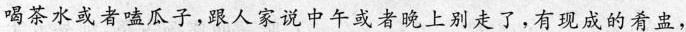
喝茶水或者嗑瓜子,跟人家说中午或者晚上别走了,有现成的肴盅，